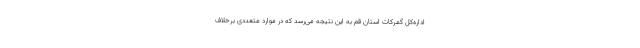
اداره‌کل گمرکات استان قم به این نتیجه می‌رسد که در موارد متعددی برخلاف